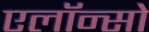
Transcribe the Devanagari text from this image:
एलॉन्सो